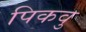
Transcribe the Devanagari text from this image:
पिकवु